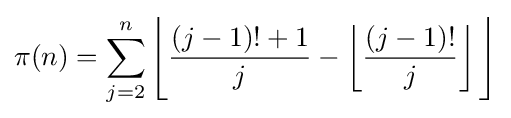
\pi (n)=\sum _{j=2}^{n}{\Biggl \lfloor }{\frac {(j-1)!+1}{j}}-\left\lfloor {\frac {(j-1)!}{j}}\right\rfloor {\Biggr \rfloor }